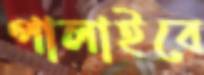
পালাইবে